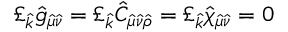
\pounds _ { \hat { k } } \hat { g } _ { \hat { \mu } \hat { \nu } } = \pounds _ { \hat { k } } \hat { C } _ { \hat { \mu } \hat { \nu } \hat { \rho } } = \pounds _ { \hat { k } } \hat { \chi } _ { \hat { \mu } \hat { \nu } } = 0